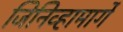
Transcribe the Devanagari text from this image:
जिनिव्हामार्गे